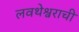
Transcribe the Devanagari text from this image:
लवथेश्वराची